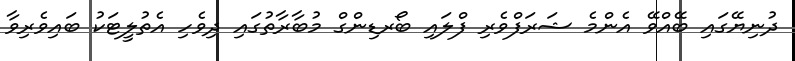
ދުނިޔޭގައި ބޭއްވޭ އެންމެ ޝަރަފްވެރި ފްލައި ބޯރޑިންގް މުބާރާތުގައި ދިވެހި އެތުލީޓަކު ބައިވެރިވާ